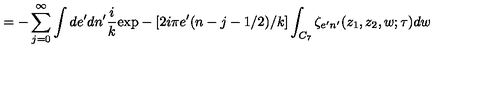
= - \sum _ { j = 0 } ^ { \infty } \int d e ^ { \prime } d n ^ { \prime } \frac { i } { k } \mathrm { e x p } - [ 2 i \pi e ^ { \prime } ( n - j - 1 / 2 ) / k ] \int _ { C _ { 7 } } \zeta _ { e ^ { \prime } n ^ { \prime } } ( z _ { 1 } , z _ { 2 } , w ; \tau ) d w